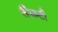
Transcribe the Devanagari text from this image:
सैंकटी